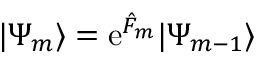
| \Psi _ { m } \rangle = \mathrm { e } ^ { \hat { F } _ { m } } | \Psi _ { m - 1 } \rangle